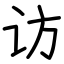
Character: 访